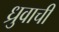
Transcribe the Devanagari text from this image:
ध्रुवाची